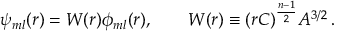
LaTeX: \psi _ { m l } ( r ) = W ( r ) \phi _ { m l } ( r ) , \qquad W ( r ) \equiv ( r C ) ^ { \frac { n - 1 } { 2 } } A ^ { 3 / 2 } \, .